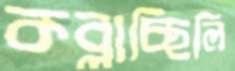
কব্‌লাচ্ছিলি